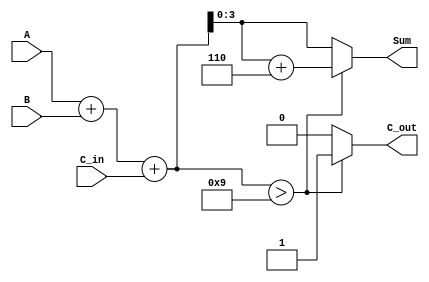
module bcd_adder (
    input [3:0] A,       // First BCD digit
    input [3:0] B,       // Second BCD digit
    input C_in,          // Carry input
    output reg [3:0] Sum,// BCD sum result
    output reg C_out     // Carry output
);

    reg [4:0] S; // Intermediate sum (5 bits)

    always @(*) begin
        // Step 1: Compute initial binary sum
        S = A + B + C_in;

        // Step 2: Check if correction is needed
        if (S > 9) begin
            // Correction required: add 6 (0110 in binary)
            Sum = S + 5'b00110;
            C_out = 1; // Set carry output
        end else begin
            // No correction needed
            Sum = S[3:0]; // Use only the lower 4 bits
            C_out = 0;    // No carry
        end
    end

endmodule